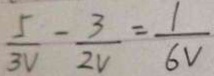
\frac { 5 } { 3 V } - \frac { 3 } { 2 V } = \frac { 1 } { 6 V }